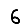
Digit: 6